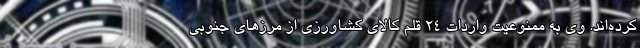
کرده‌اند. وی به ممنوعیت واردات ۲۴ قلم کالای کشاورزی از مرزهای جنوبی